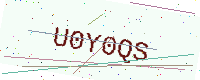
Text: U0Y0QS